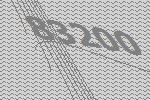
83200